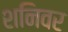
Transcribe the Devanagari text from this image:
शनिवर